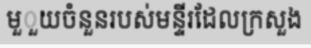
មួួយចំនួនរបស់មន្ទីរដែលក្រសួង